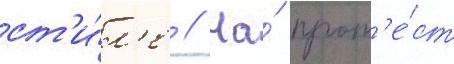
ст'и́л'е // На́ прот'е́ст